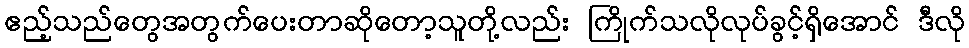
ဧည့်သည်တွေအတွက်ပေးတာဆိုတော့သူတို့လည်း ကြိုက်သလိုလုပ်ခွင့်ရှိအောင် ဒီလို